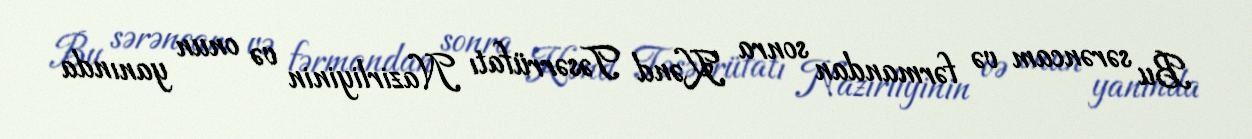
Bu sərəncam və fərmandan sonra Kənd Təsərrüfatı Nazirliyinin və onun yanında